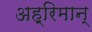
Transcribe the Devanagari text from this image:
अह्रिमान्